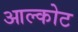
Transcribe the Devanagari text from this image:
आल्कोट